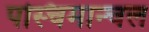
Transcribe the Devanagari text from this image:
पस्चिमान्चल